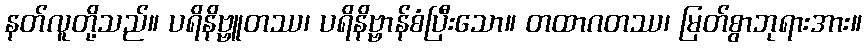
နတ်လူတို့သည်။ ပရိနိဗ္ဗူတဿ၊ ပရိနိဗ္ဗာန်စံပြီးသော။ တထာဂတဿ၊ မြတ်စွာဘုရားအား။